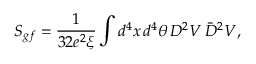
S _ { g f } = \frac { 1 } { 3 2 e ^ { 2 } \xi } \int d ^ { 4 } x \, d ^ { 4 } \theta \, D ^ { 2 } V \, \bar { D } ^ { 2 } V ,